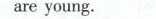
are young.